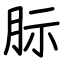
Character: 䏡